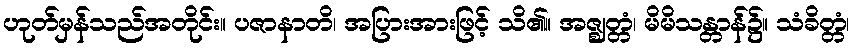
ဟုတ်မှန်သည်အတိုင်း။ ပဇာနာတိ၊ အပြားအားဖြင့် သိ၏။ အဇ္ဈတ္တံ၊ မိမိသန္တာန်၌။ သံခိတ္တံ၊